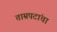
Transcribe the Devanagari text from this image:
ताम्रपटांचा